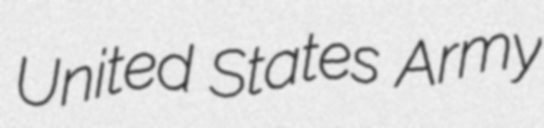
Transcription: United States Army